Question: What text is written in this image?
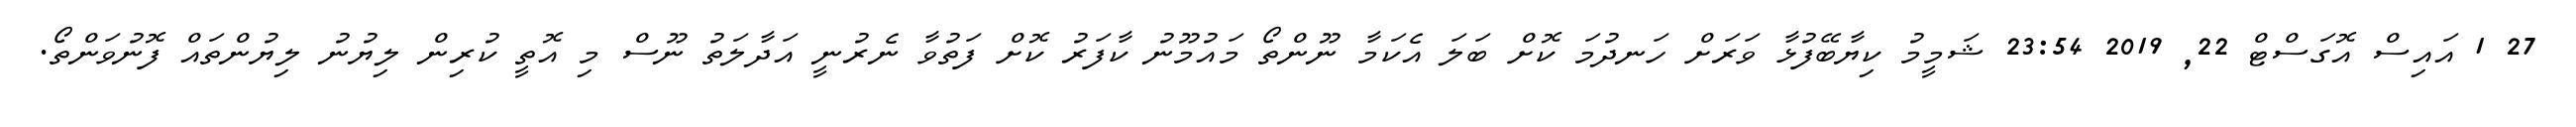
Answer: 27 1 އައިސް އޮގަސްޓް 22, 2019 23:54 ޝަމީމު ކިޔާބޭފުޅާ ވަރަށް ހަނދުމަ ކޮށް ބަލަ އެކަމާ ނޫންތޯ މައުމޫނު ކާފަރު ކޮށް ފަތުވާ ނެރުނީ އަދާލަތު ނޫސް މި އޮތީ ކުރިން ލިޔުނު ލިޔުންތައް ފޮނުވަންތޯ.